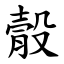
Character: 䐨